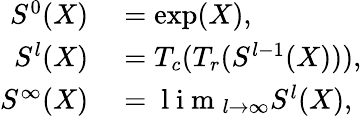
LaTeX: \begin{array}{rl}{S^{0}(X)}&{{}=\exp(X),}\\ {S^{l}(X)}&{{}=T_{c}(T_{r}(S^{l-1}(X))),}\\ {S^{\infty}(X)}&{{}=\mathrm{~l~i~m~}_{l\rightarrow\infty}S^{l}(X),}\end{array}